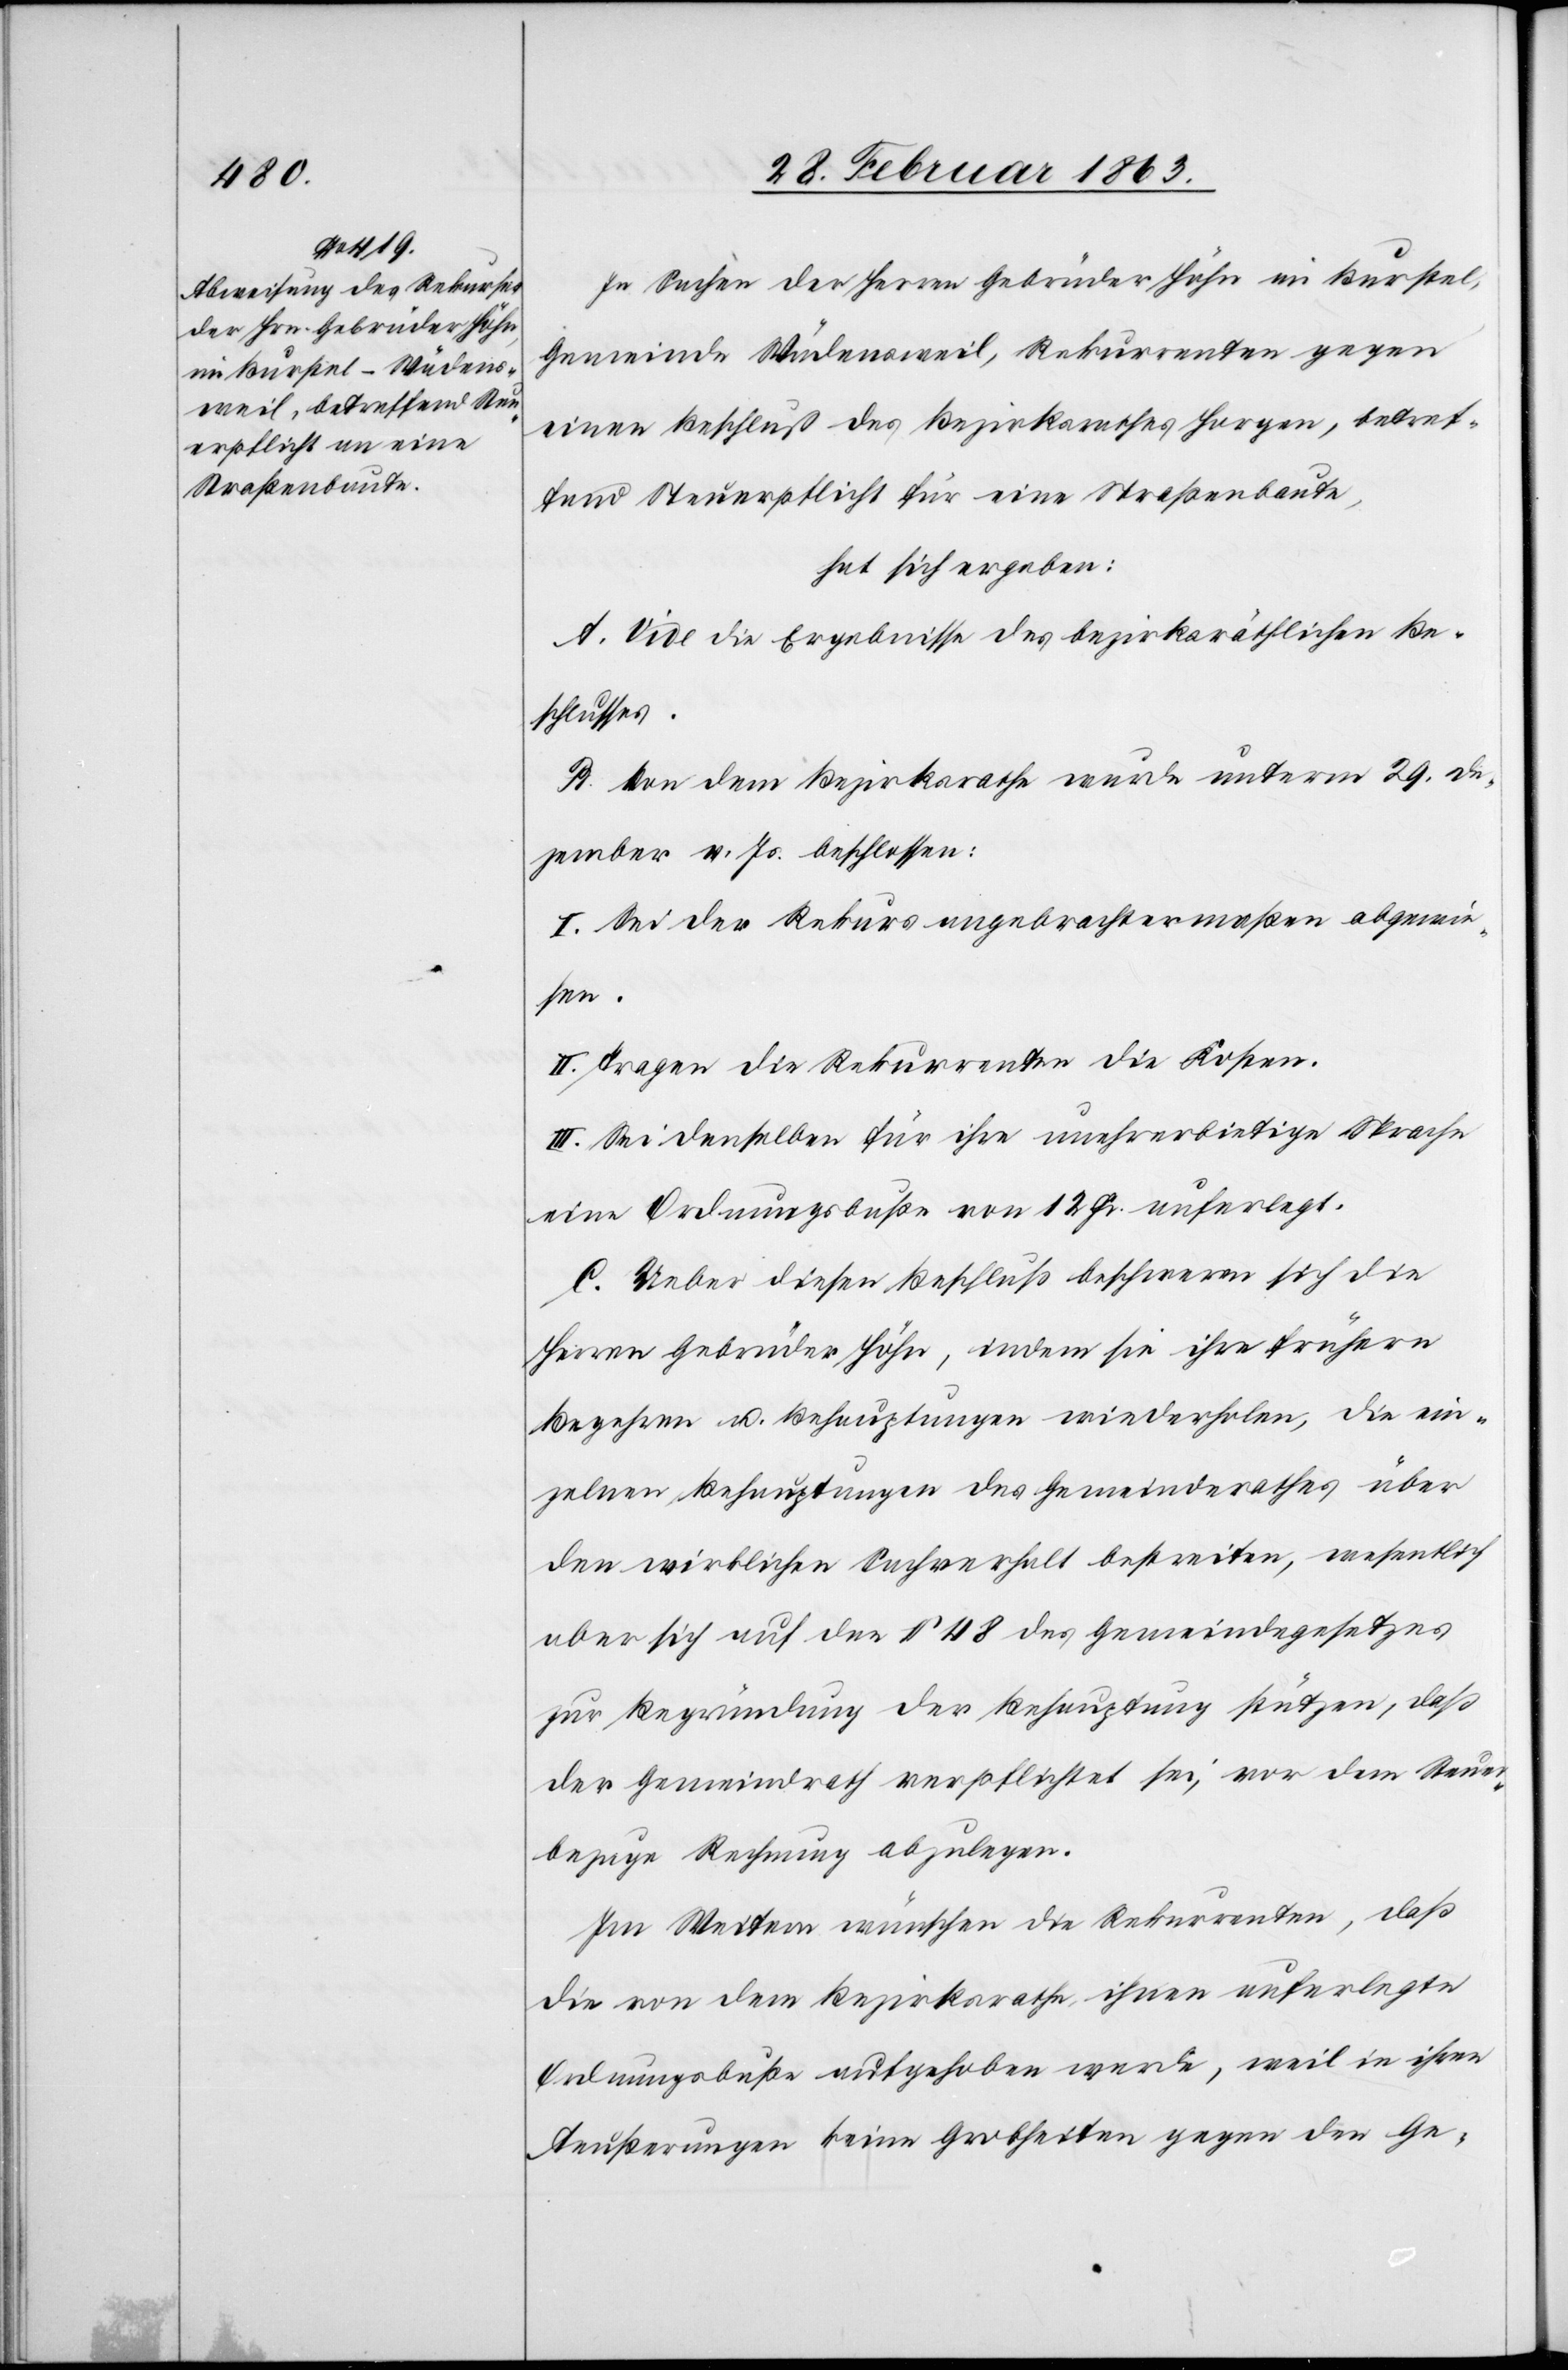
In Sachen der Herren Gebrüder Höhn im Burstel,
Gemeinde Wädensweil, Rekurrenten gegen
einen Beschluß des Bezirksrathes Horgen, betref¬
fend Steuerpflicht für eine Straßenbaute,
hat sich ergeben:
A. Vide die Ergebnisse des bezirksräthlichen Be¬
schlusses.
B. Von dem Bezirksrathe wurde unterm 29. De¬
zember v. Js. beschlossen:
I. Sei der Rekurs angebrachtermaßen abgewie¬
sen.
II. Tragen die Rekurrenten die Kosten.
III. Sei denselben für ihre unehrerbietige Sprache
eine Ordnungsbuße von 12 Fr. auferlegt.
C. Ueber diesen Beschluß beschweren sich die
Herren Gebrüder Höhn, indem sie ihre frühern
Begehren u. Behauptungen wiederholen, die ein¬
zelnen Behauptungen des Gemeindrathes über
den wirklichen Sachverhalt bestreiten, wesentlich
aber sich auf den § 48 des Gemeindegesetzes
zur Begründung der Behauptung stützen, daß
der Gemeindrath verpflichtet sei, vor dem Steuer¬
bezuge Rechnung abzulegen.
Im Weitern wünschen die Rekurrenten, daß
die von dem Bezirksrathe ihnen auferlegte
Ordnungsbuße aufgehoben werde, weil in ihren
Aeußerungen keine Grobheiten gegen den Ge-